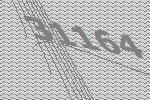
31164